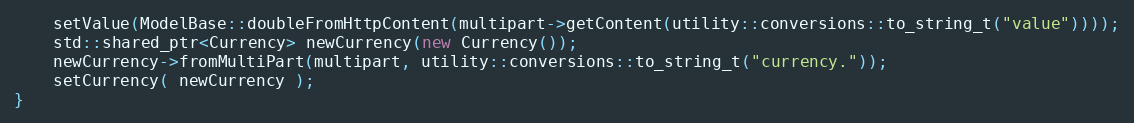
Language: C++
    setValue(ModelBase::doubleFromHttpContent(multipart->getContent(utility::conversions::to_string_t("value"))));
    std::shared_ptr<Currency> newCurrency(new Currency());
    newCurrency->fromMultiPart(multipart, utility::conversions::to_string_t("currency."));
    setCurrency( newCurrency );
}